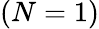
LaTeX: (N=1)